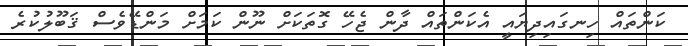
ކަންތައް ހިނގައިދިޔައީ އެކަންތައް ދާން ޖެހޭ ގޮތަކަށް ނޫން ކަމަށް މަންޑޭވެސް ޤަބޫލުކުރެ